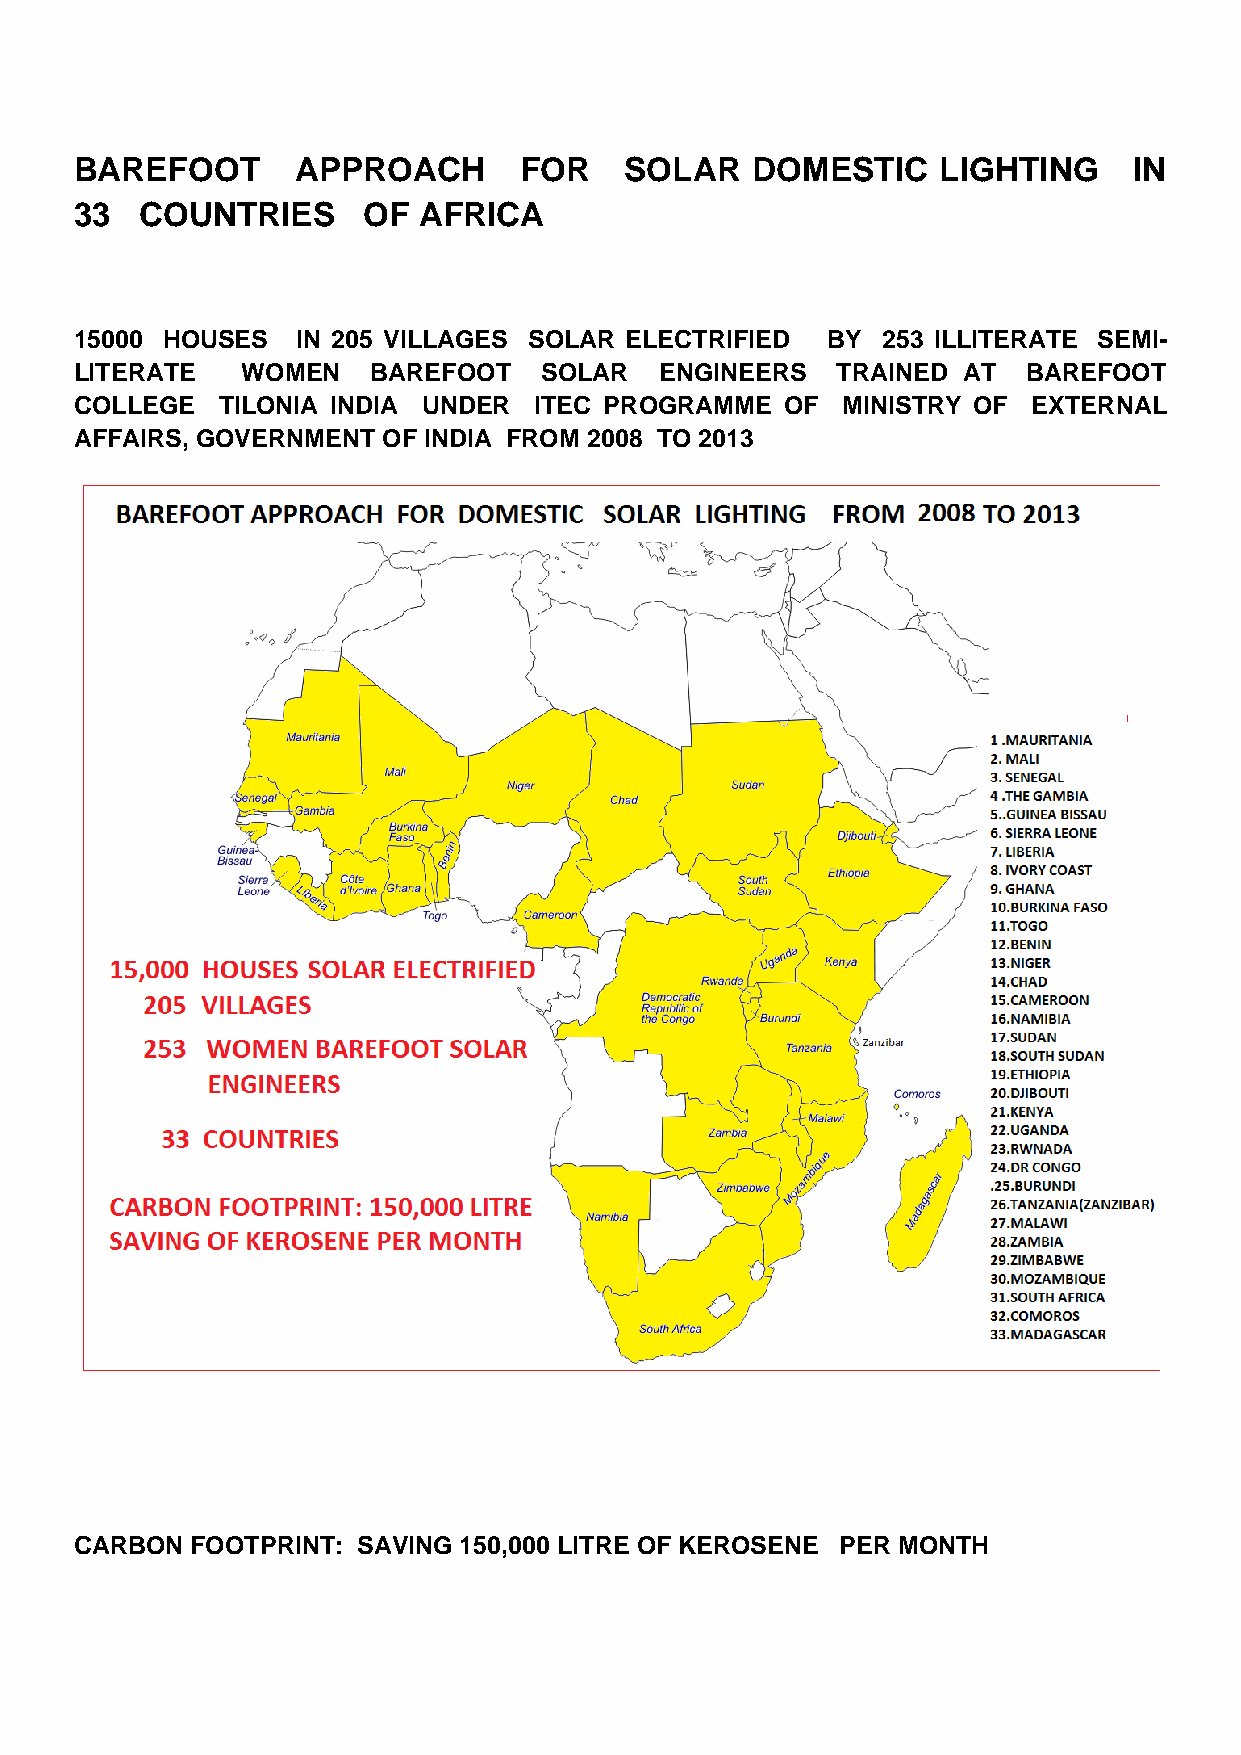
BAREFOOT      APPROACH       FOR    SOLAR    DOMESTIC    LIGHTING     IN
 33  COUNTRIES      OF  AFRICA
 15000 HOUSES   IN 205 VILLAGES SOLAR ELECTRIFIED  BY 253 ILLITERATE SEMI-
 LITERATE   WOMEN    BAREFOOT   SOLAR   ENGINEERS  TRAINED  AT  BAREFOOT
 COLLEGE  TILONIA INDIA UNDER  ITEC PROGRAMME   OF  MINISTRY OF EXTERNAL
 AFFAIRS, GOVERNMENT OF INDIA FROM 2008 TO 2013
 CARBON  FOOTPRINT: SAVING 150,000 LITRE OF KEROSENE PER MONTH